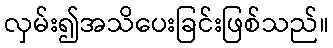
လှမ်း၍အသိပေးခြင်းဖြစ်သည်။